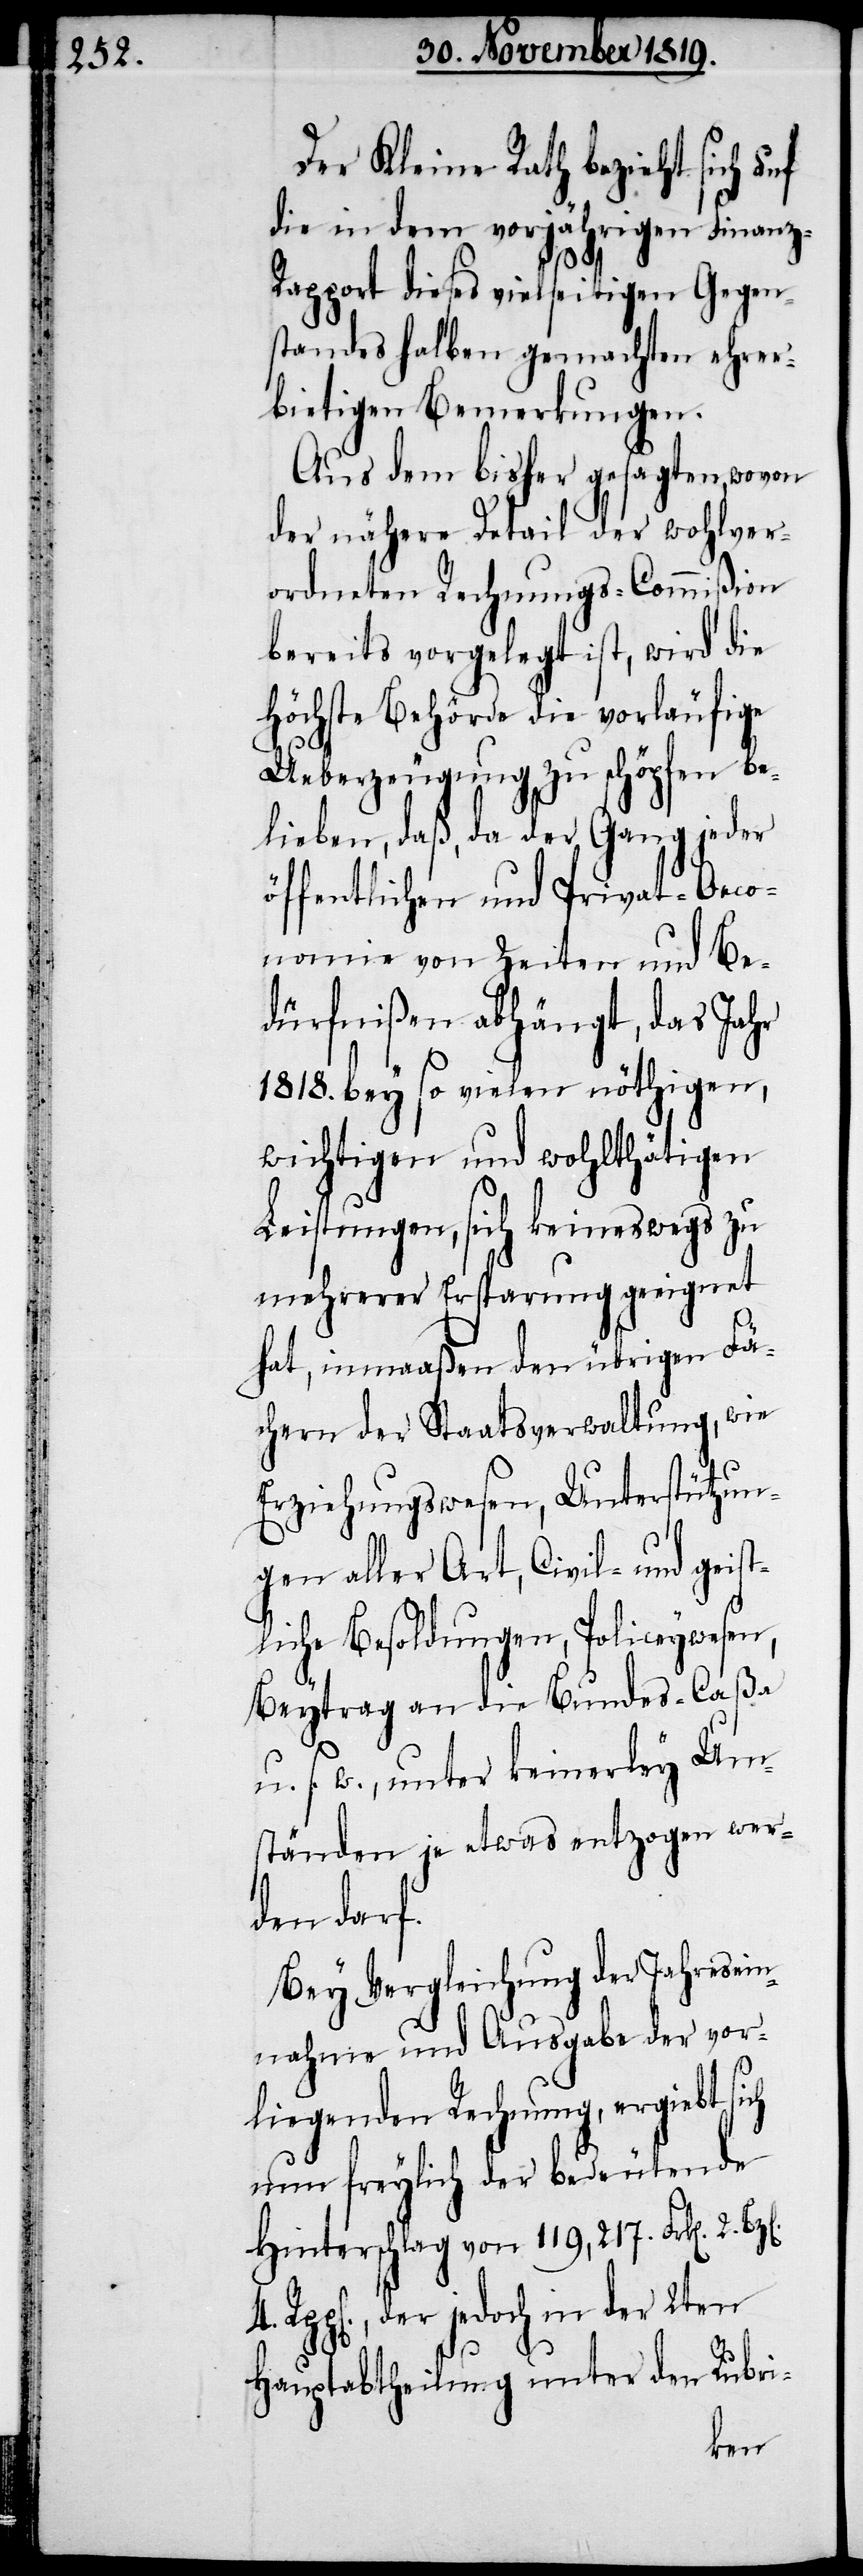
Der Kleine Rath bezieht sich auf
die in dem vorjährigen Finanz-R¬
1.
apport dieses vielseitigen Gegen¬
standes halben gemachten ehrer¬
bietigen Bemerkungen.
Aus dem bisher gesagten, wovon
der nähere Detail der wohlver¬
ordneten Rechnungs-Commißion
bereits vorgelegt ist, wird die
höchste Behörde die vorläufige
Ueberzeugung zu schöpfen be¬
lieben, daß, da der Gang jeder
öffentlichen und Privat-Oeco¬
nomie von Zeiten und Be¬
dürfnißen abhängt, das Jahr
1818. bey so vielen nöthigen,
wichtigen und wohlthätigen
Leistungen, sich keineswegs zu
mehrerer Ersparung geeignet
hat, inmaaßen den übrigen Fä¬
chern der Staatsverwaltung, wie
Erziehungswesen, Unterstützun¬
gen aller Art, Civil- und geist¬
liche Besoldungen, Policeywesen,
Beytrag an die Bundes-Caßa
s. w., unter keinerley Um¬
ständen je etwas entzogen wer¬
der reale
Bey Vergleichung der Jahresein¬
nahme und Ausgabe der vor¬
liegenden Rechnung, ergiebt sich
nun freylich der bedeutende
Hinterschlag von 119,217. Frk[en]. 2.
der jedoch in der 2ten
Hauptabtheilung unter den Rubri-
der